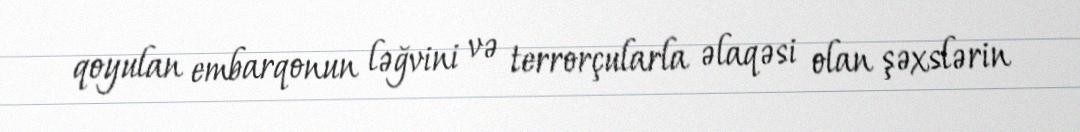
qoyulan embarqonun ləğvini və terrorçularla əlaqəsi olan şəxslərin